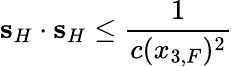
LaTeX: {\mathbf s}_{H}\cdot{\mathbf s}_{H}\leq\frac{1}{c(x_{3,F})^{2}}